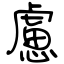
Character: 慮